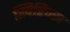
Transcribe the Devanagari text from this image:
स्विरिज्स